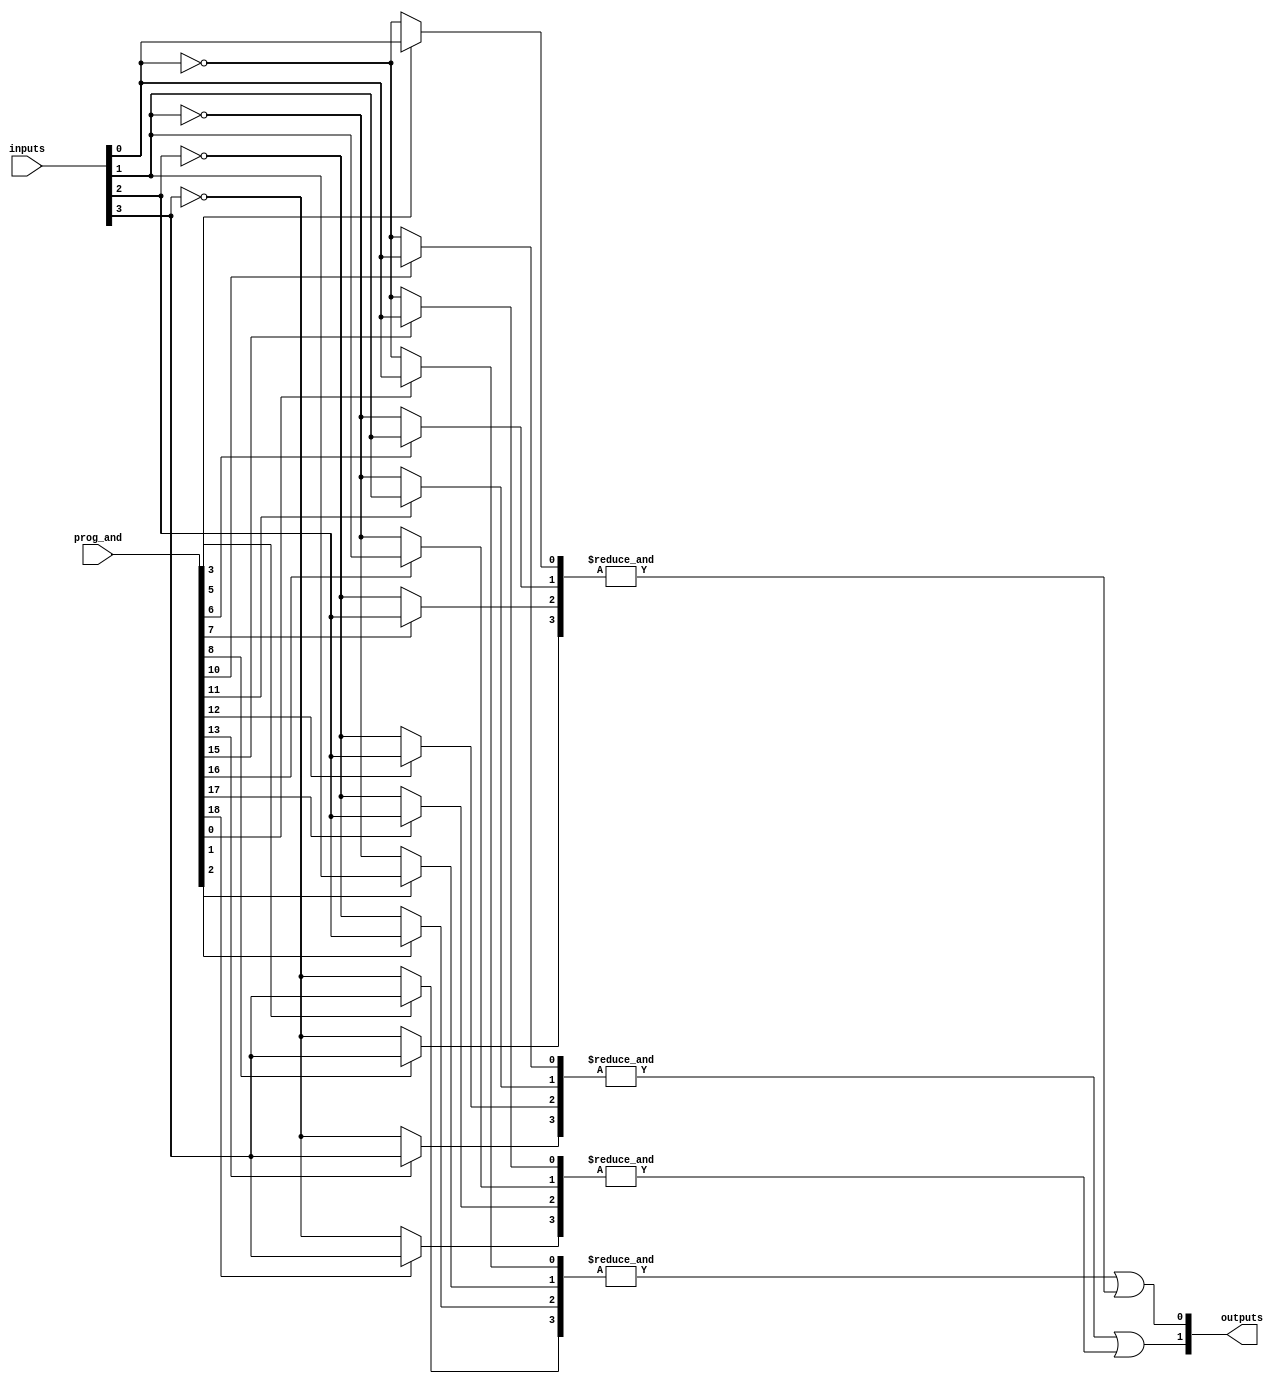
module SPAL #(
    parameter n = 4, // Number of input lines
    parameter m = 4, // Number of AND gates
    parameter p = 2  // Number of output lines
)(
    input wire [n-1:0] inputs,        // Input lines
    input wire [m*(n+1)-1:0] prog_and, // Programming connections for AND gates
    output wire [p-1:0] outputs        // Output lines
);

// Intermediate signals for AND gate outputs
wire [m-1:0] and_outputs;

// Generate AND gates
genvar i, j;
generate
    for (i = 0; i < m; i = i + 1) begin : and_gate
        wire [n-1:0] and_inputs;
        wire and_output;

        // Generate inputs for each AND gate
        for (j = 0; j < n; j = j + 1) begin : input_select
            assign and_inputs[j] = prog_and[i*(n+1) + j] ? inputs[j] : ~inputs[j];
        end
        
        // AND gate implementation
        assign and_output = &and_inputs; // Logical AND of all selected inputs
        assign and_outputs[i] = and_output;
    end
endgenerate

// Fixed OR gates
wire [p-1:0] or_outputs;

assign or_outputs[0] = and_outputs[0] | and_outputs[1]; // Example OR logic
assign or_outputs[1] = and_outputs[2] | and_outputs[3]; // Example OR logic

// Assign outputs
assign outputs = or_outputs;

endmodule